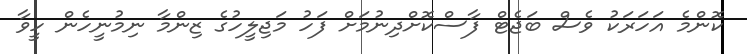
ކޮންމެ އަހަރަކު ވެސް ބަޖެޓް ފާސްކޮށްދިނުމަށް ފަހު މަޖިލީހުގެ ޒިންމާ ނިމުނީހެން ހީވާ